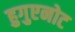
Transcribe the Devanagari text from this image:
हुगुएनोट